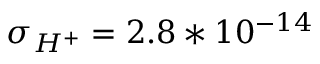
\sigma _ { H ^ { + } } = 2 . 8 * 1 0 ^ { - 1 4 }